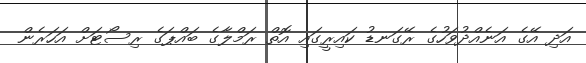
އަދި އޭގެ އަނެއްދުވަހުގެ ރޭގަނޑު ކައިރީގައި އޮތް ރަމްލާގެ ބައްޕަގެ ރިސޯޓަށް އަހަރެން